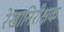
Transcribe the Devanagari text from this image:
रेखानिरीक्षक